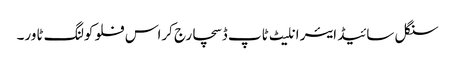
سنگل سائیڈ ایئر انلیٹ ٹاپ ڈسچارج کراس فلو کولنگ ٹاور۔